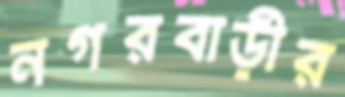
নগরবাড়ীর